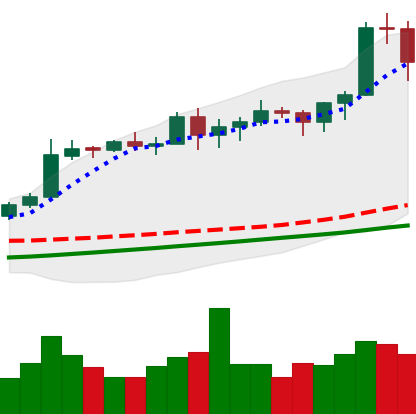
Ticker: BTC-USD
Chart end date: 2020-11-07
Forward return: 9.725%
Label: up_7plus